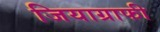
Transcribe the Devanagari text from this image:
जियाग्राफी